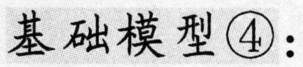
基础模型\textcircled{4}: